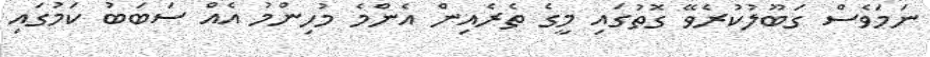
ނަމަވެސް ގަބޫލުކުރެވޭ ގޮތުގައި މީގެ ތެރެއިން އެންމެ މުހިންމު އެއް ސަބަބު ކަމުގައި